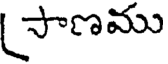
సాణము